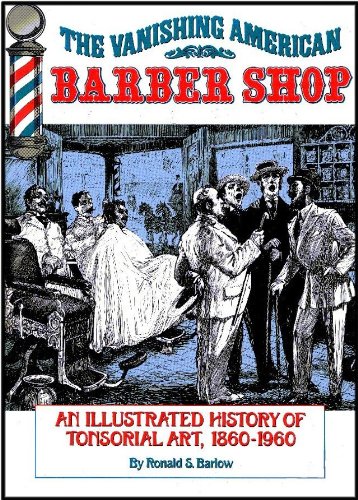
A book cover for The Vanishing American Barber Shop : An Illustrated History of Tonsorial Art, 1860-1960; Ronald S. Barlow; Health, Fitness & Dieting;